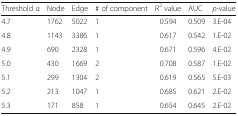
<table><thead><tr><td><b>Threshold α</b></td><td><b>Node</b></td><td><b>Edge</b></td><td><b># of component</b></td><td><b>R<sup>2</sup> value</b></td><td><b>AUC</b></td><td><b><i>p-</i>value</b></td></tr></thead><tbody><tr><td>4.7</td><td>1762</td><td>5022</td><td>1</td><td>0.594</td><td>0.509</td><td>3.E-04</td></tr><tr><td>4.8</td><td>1143</td><td>3386</td><td>1</td><td>0.617</td><td>0.542</td><td>1.E-02</td></tr><tr><td>4.9</td><td>690</td><td>2328</td><td>1</td><td>0.671</td><td>0.596</td><td>4.E-02</td></tr><tr><td>5.0</td><td>430</td><td>1669</td><td>2</td><td>0.708</td><td>0.587</td><td>1.E-02</td></tr><tr><td>5.1</td><td>299</td><td>1304</td><td>2</td><td>0.619</td><td>0.565</td><td>5.E-03</td></tr><tr><td>5.2</td><td>213</td><td>1047</td><td>1</td><td>0.685</td><td>0.621</td><td>2.E-02</td></tr><tr><td>5.3</td><td>171</td><td>858</td><td>1</td><td>0.654</td><td>0.645</td><td>2.E-02</td></tr></tbody></table>